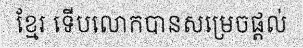
ខ្មែរ ទើបលោកបានសម្រេចផ្តល់